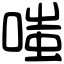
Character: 嗤